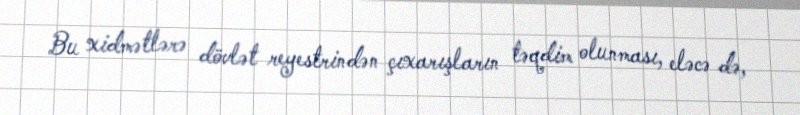
Bu xidmətlərə dövlət reyestrindən çıxarışların təqdim olunması, eləcə də,